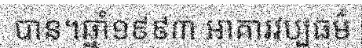
បាន។ឆ្នាំ១៩៩៣ អាគារវប្បធម៌